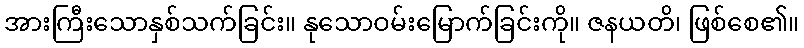
အားကြီးသောနှစ်သက်ခြင်း။ နုသောဝမ်းမြောက်ခြင်းကို။ ဇနယတိ၊ ဖြစ်စေ၏။